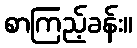
စာကြည့်ခန်း။